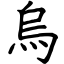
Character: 烏